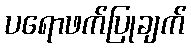
ပရောဖက်ပြုချက်